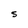
Character: s